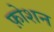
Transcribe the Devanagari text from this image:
फ़ोशन